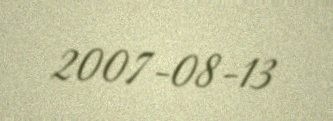
2007-08-13